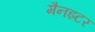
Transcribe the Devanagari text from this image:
मैनइटर